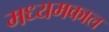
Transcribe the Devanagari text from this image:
मध्यमकाल